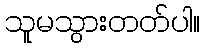
သူမသွားတတ်ပါ။